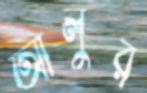
আলুর